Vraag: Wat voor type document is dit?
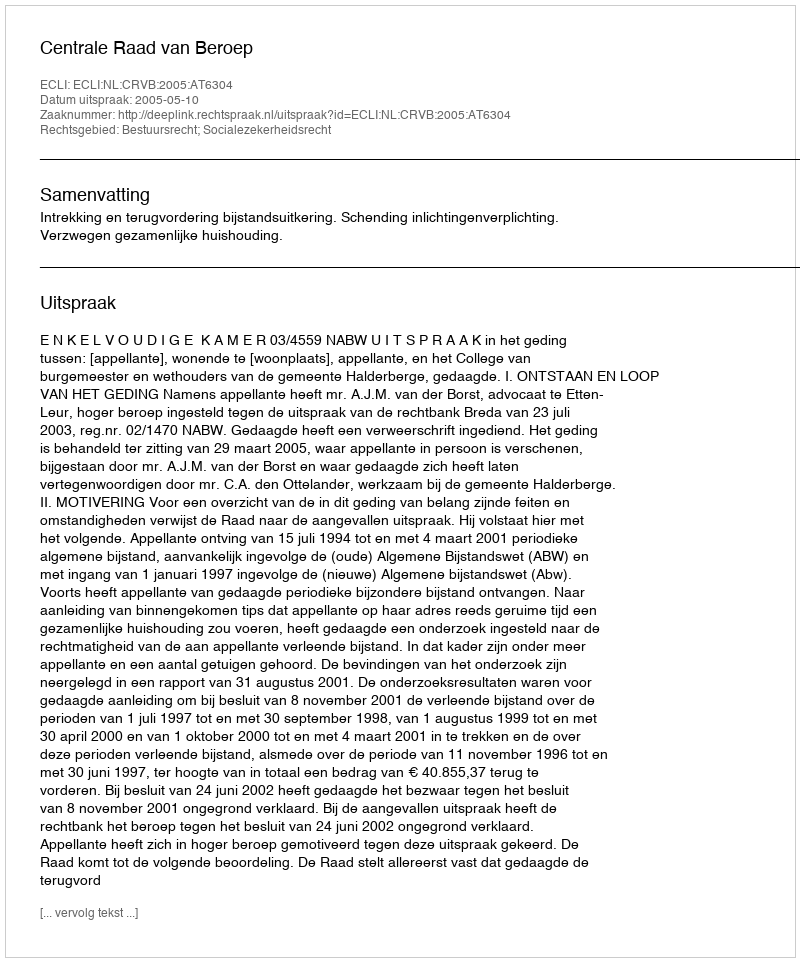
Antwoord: Uitspraak